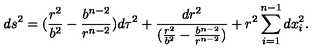
d s ^ { 2 } = ( \frac { r ^ { 2 } } { b ^ { 2 } } - \frac { b ^ { n - 2 } } { r ^ { n - 2 } } ) d \tau ^ { 2 } + \frac { d r ^ { 2 } } { ( \frac { r ^ { 2 } } { b ^ { 2 } } - \frac { b ^ { n - 2 } } { r ^ { n - 2 } } ) } + r ^ { 2 } \sum _ { i = 1 } ^ { n - 1 } d x _ { i } ^ { 2 } .